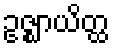
ဥဇ္ဈာယိတ္ထ